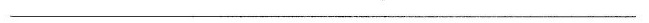
___